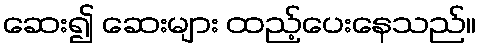
ဆေး၍ ဆေးများ ထည့်ပေးနေသည်။